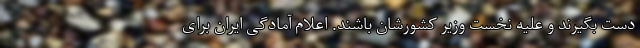
دست بگیرند و علیه نخست وزیر کشورشان باشند. اعلام آمادگی ایران برای